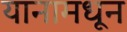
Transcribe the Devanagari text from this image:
यानामधून